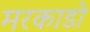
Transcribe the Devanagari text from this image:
मरकाडो